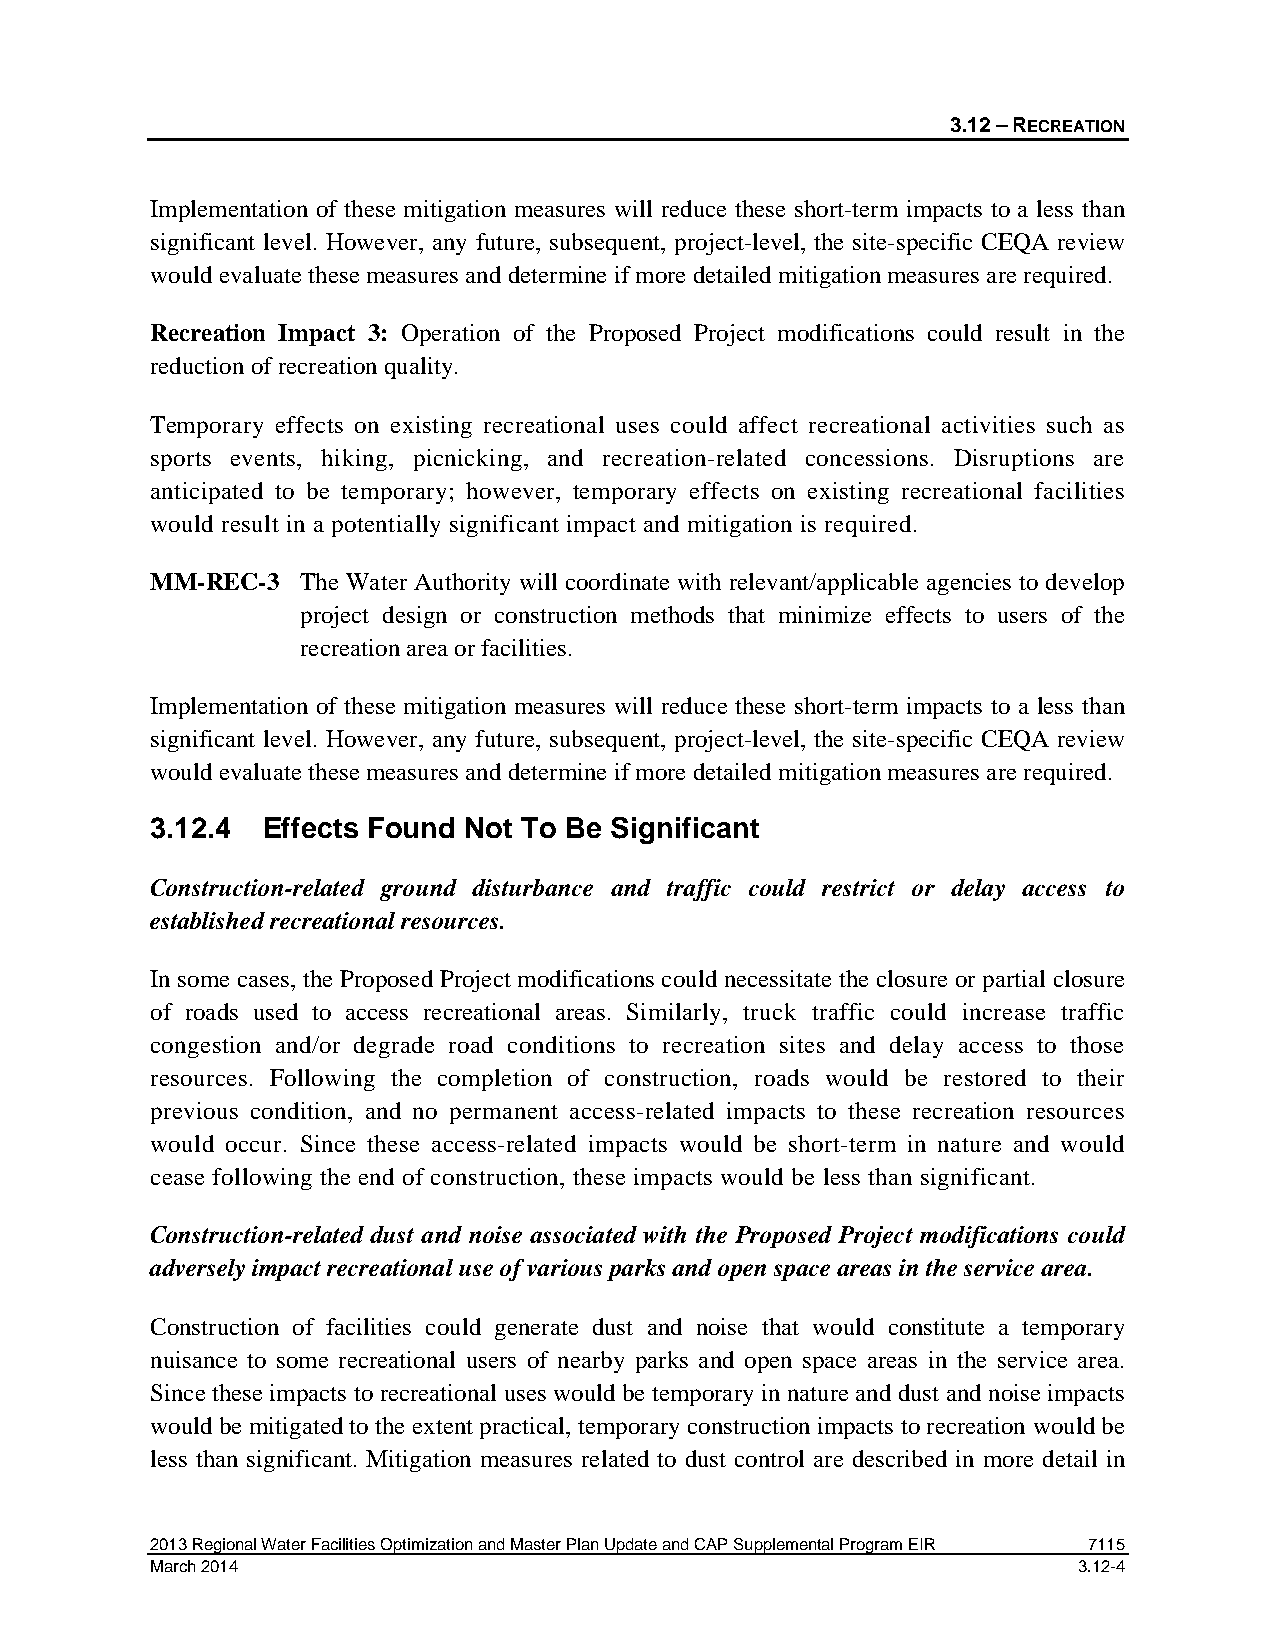
3.12 – RECREATION
 Implementation of these mitigation measures will reduce these short-term impacts to a less than
 significant level. However, any future, subsequent, project-level, the site-specific CEQA review
 would evaluate these measures and determine if more detailed mitigation measures are required.
 Recreation Impact 3: Operation of the Proposed Project modifications could result in the
 reduction of recreation quality.
 Temporary effects on existing recreational uses could affect recreational activities such as
 sports events, hiking, picnicking, and recreation-related concessions. Disruptions are
 anticipated to be temporary; however, temporary effects on existing recreational facilities
 would result in a potentially significant impact and mitigation is required.
 MM-REC-3  The Water Authority will coordinate with relevant/applicable agencies to develop
 project design or construction methods that minimize effects to users of the
 recreation area or facilities.
 Implementation of these mitigation measures will reduce these short-term impacts to a less than
 significant level. However, any future, subsequent, project-level, the site-specific CEQA review
 would evaluate these measures and determine if more detailed mitigation measures are required.
 3.12.4 Effects Found Not To Be Significant
 Construction-related ground disturbance and traffic could restrict or delay access to
 established recreational resources.
 In some cases, the Proposed Project modifications could necessitate the closure or partial closure
 of roads used to access recreational areas. Similarly, truck traffic could increase traffic
 congestion and/or degrade road conditions to recreation sites and delay access to those
 resources. Following the completion of construction, roads would be restored to their
 previous condition, and no permanent access-related impacts to these recreation resources
 would occur. Since these access-related impacts would be short-term in nature and would
 cease following the end of construction, these impacts would be less than significant.
 Construction-related dust and noise associated with the Proposed Project modifications could
 adversely impact recreational use of various parks and open space areas in the service area.
 Construction of facilities could generate dust and noise that would constitute a temporary
 nuisance to some recreational users of nearby parks and open space areas in the service area.
 Since these impacts to recreational uses would be temporary in nature and dust and noise impacts
 would be mitigated to the extent practical, temporary construction impacts to recreation would be
 less than significant. Mitigation measures related to dust control are described in more detail in
 2013 Regional Water Facilities Optimization and Master Plan Update and CAP Supplemental Program EIR 7115
 March 2014                                                   3.12-4